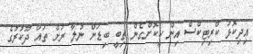
އިދިކޮޅު ކްރިޓިކްސް އިން ހީކޮށްގެން ތިބީ ބިޑަށް ނުލާ ރަށް ތައް ދޫކުރުގެ